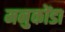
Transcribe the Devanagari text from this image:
मनुकोंडा